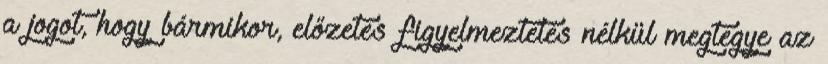
a jogot, hogy bármikor, előzetes figyelmeztetés nélkül megtegye az